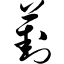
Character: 葑